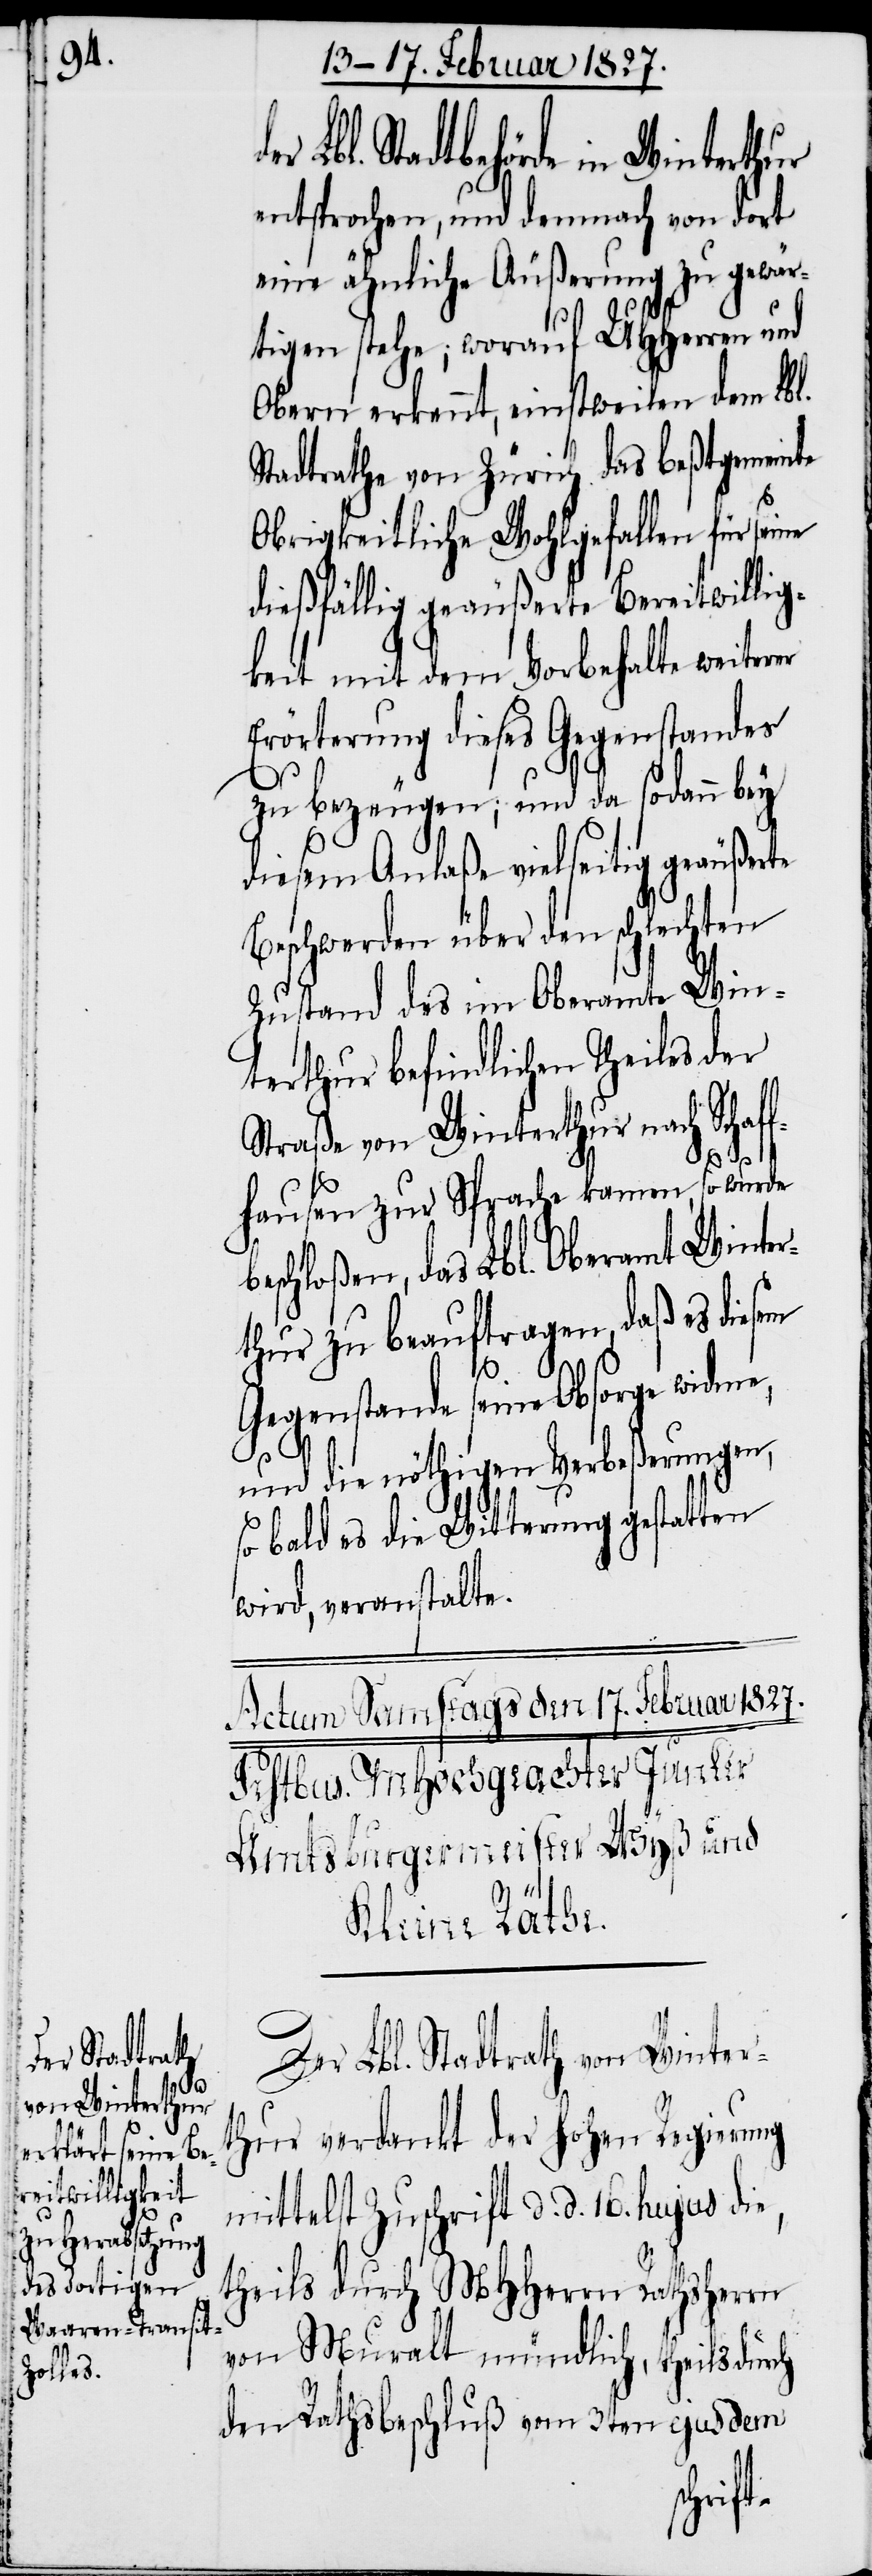
b¬

Lbl. Stadtbehörde in Winterthur
entsprochenen, und demnach von dort
eine ähnliche Äußerung zu gewär¬
tigen stehe; worauf UHHerren und
Obern erkennt, einstweilen dem Lbl.
Stadtrathe von Zürich das beßtgemeinte
Obrigkeitliche Wohlgefallen für seine
dießfällig geäußerte Bereitwillig¬
keit mit dem Vorbehalte weiterer
Erörterung dieses Gegenstandes
zu bezeugen; und da sodann bey
diesem Anlaße vielseitige geäußerte
Beschwerden über den schlechten
Zustand des im Oberamte Win¬
terthur befindlichen Theiles der
Straße von Winterthur nach Schaf¬
fhausen zur Sprache kamen, so wurde
eschloßen, das Lbl. Oberamt Winter¬
thur zu beauftragen, daß es diesem
Gegenstande seine Obsorge widme,
und die nöthigen Verbeßerungen,
so bald es die Witterung gestatten
wird, veranstalte.
Der Lbl. Stadtrath von Winter¬
thur verdenkt der hohen Regierung
mittelst Zuschrift d. d. 16. hujus die,
theils durch MHHerrn Rathsherrn
von Muralt mündlich, theils durch
den Rathsbeschluß vom 3ten ejusdem